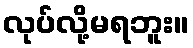
လုပ်လို့မရဘူး။